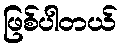
ဖြစ်ပါတယ်